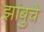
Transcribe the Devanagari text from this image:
झांबुचे